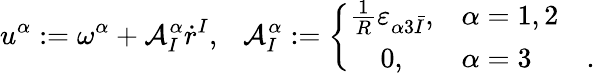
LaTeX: u^{\alpha}:=\omega^{\alpha}+\mathcal{A}_{I}^{\alpha}\dot{r}^{I},\ \ \ \mathcal{A}_{I}^{\alpha}:=\left\{ \begin{array}{cll}{\frac{1}{R}\varepsilon_{\alpha 3\bar{I}},}&{\alpha=1,2}&{}\\ {0,}&{\alpha=3}&{.}\end{array}\right.